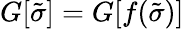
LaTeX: G[{\tilde{\sigma}}]=G[{f(\tilde{\sigma})}]